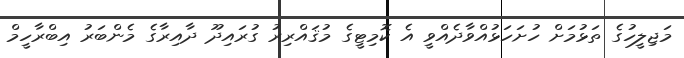
މަޖިލީހުގެ ތަޅުމަށް ހުށަހަޅުއްވާދެއްވީ އެ ކޮމިޓީގެ މުޤައްރިރު ގުރައިދޫ ދާއިރާގެ މެންބަރު އިބްރާހީމް